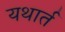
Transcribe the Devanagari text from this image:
यथार्त